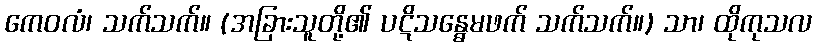
ကေဝလံ၊ သက်သက်။ (အခြားသူတို့၏ ပဋိသန္ဓေမဖက် သက်သက်။) သာ၊ ထိုကုသလ